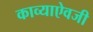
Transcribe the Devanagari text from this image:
काव्याऐवजी